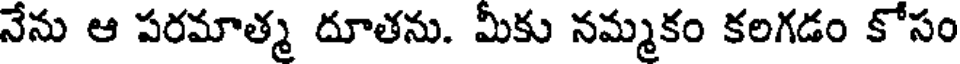
నేను ఆ పరమాత్మ దూతను. మీకు నమ్మకం కలగడం కోసం